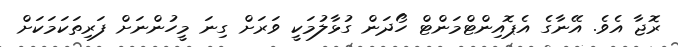
ރޮޖާ އެވެ. އޭނާގެ އެޕޮއިންޓްމަންޓް ހޯދަން ގުޅާލުމަކީ ވަރަށް ގިނަ މީހުންނަށް ފަރިތަކަމަކަށް